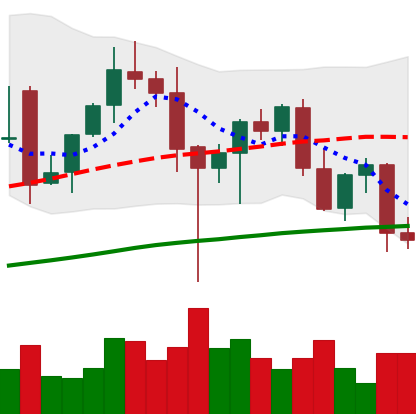
Ticker: ETH-USD
Chart end date: 2021-12-14
Forward return: 4.73%
Label: up_3_5